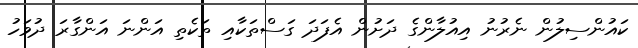
ކައުންސިލުން ނެރުނު އިއުލާންގެ ދަށުން އެފަދަ ގަސްތަކާއި ތަކެތި އަންނަ އަންގާރަ ދުވަހު